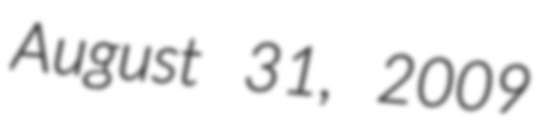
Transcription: August 31, 2009